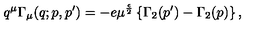
q ^ { \mu } \Gamma _ { \mu } ( q ; p , p ^ { \prime } ) = - e \mu ^ { \frac { \epsilon } { 2 } } \left\{ \Gamma _ { 2 } ( p ^ { \prime } ) - \Gamma _ { 2 } ( p ) \right\} ,